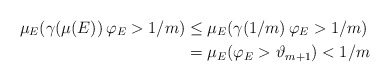
\begin{align*}\mu_{E}(\gamma(\mu(E))\,\varphi_{E}>1/m) & \leq\mu_{E}(\gamma(1/m)\,\varphi_{E}>1/m)\\& =\mu_{E}(\varphi_{E}>\vartheta_{m+1})<1/m\end{align*}